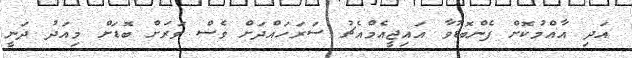
އަދި އާއްމުކޮށް ފެންބޮޑުވާ އައިޖީއެމްއެޗު ސަރަހައްދަށް ވެސް ވަރަށް ބޮޑަށް މިއަދު ދަނީ